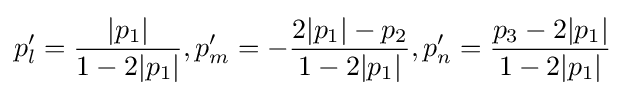
p'_{l}={\frac {|p_{1}|}{1-2|p_{1}|}},p'_{m}=-{\frac {2|p_{1}|-p_{2}}{1-2|p_{1}|}},p'_{n}={\frac {p_{3}-2|p_{1}|}{1-2|p_{1}|}}